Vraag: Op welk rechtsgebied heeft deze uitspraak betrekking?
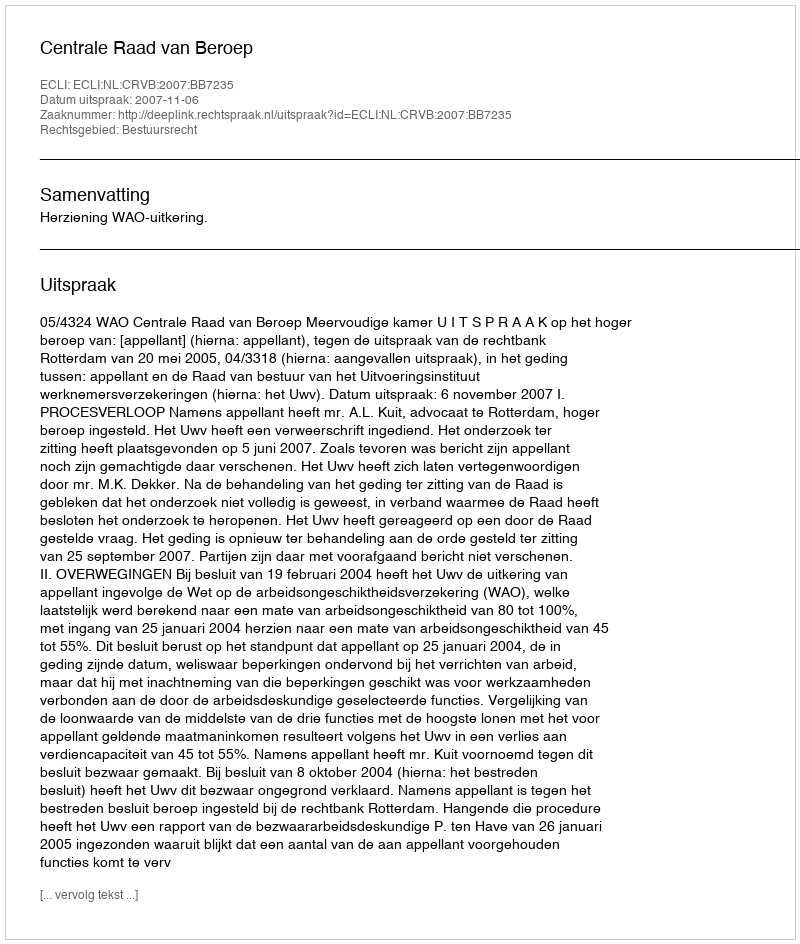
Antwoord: Bestuursrecht